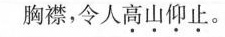
胸襟，令人高山仰止。